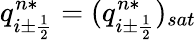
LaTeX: q_{i\pm\frac{1}{2}}^{n*}=(q_{i\pm\frac{1}{2}}^{n*})_{sat}